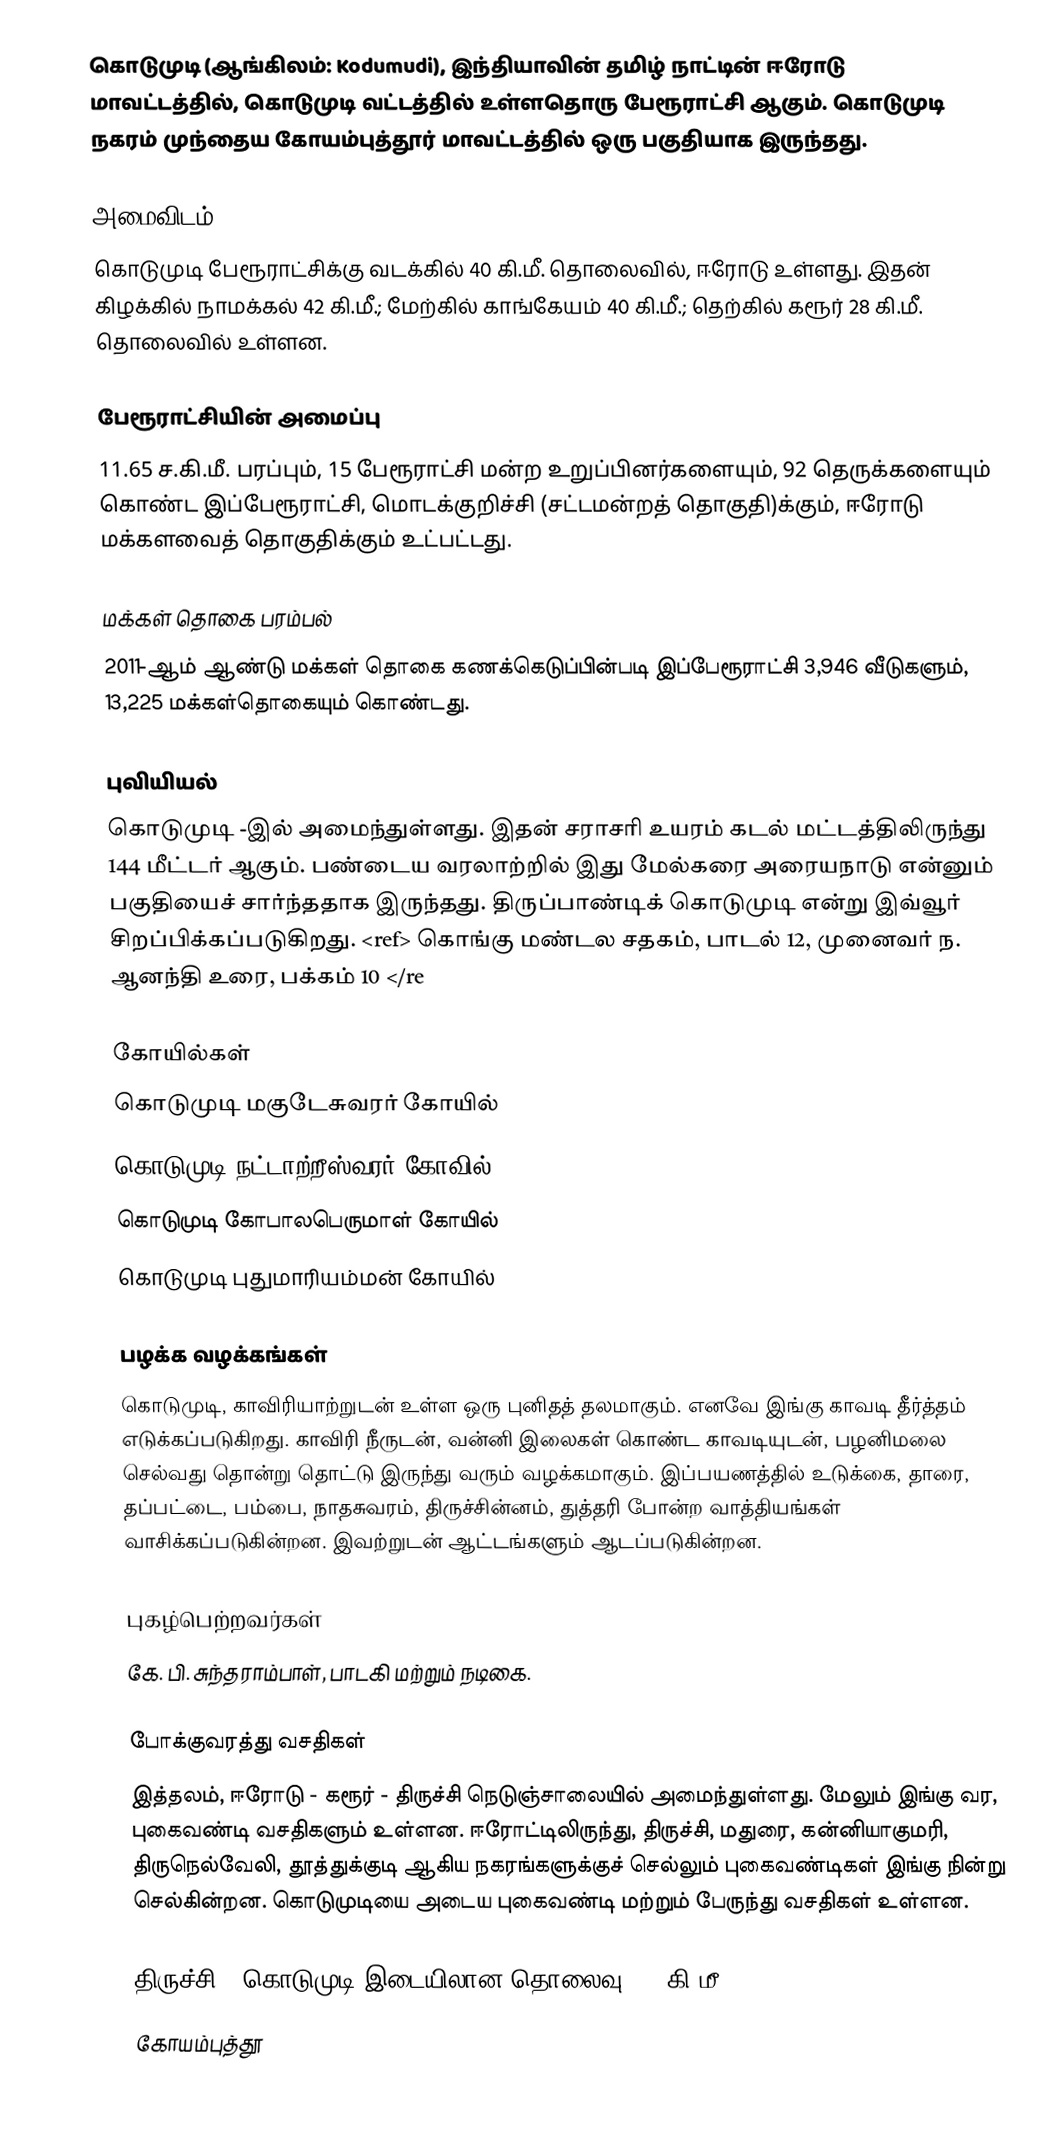
கொடுமுடி (ஆங்கிலம்: Kodumudi), இந்தியாவின்  தமிழ் நாட்டின் ஈரோடு மாவட்டத்தில், கொடுமுடி வட்டத்தில் உள்ளதொரு பேரூராட்சி ஆகும். கொடுமுடி நகரம் முந்தைய கோயம்புத்தூர் மாவட்டத்தில் ஒரு பகுதியாக இருந்தது.

அமைவிடம்
கொடுமுடி பேரூராட்சிக்கு வடக்கில் 40 கி.மீ. தொலைவில், ஈரோடு உள்ளது.  இதன் கிழக்கில் நாமக்கல் 42 கி.மீ.; மேற்கில் காங்கேயம் 40 கி.மீ.; தெற்கில் கரூர் 28 கி.மீ. தொலைவில் உள்ளன.

பேரூராட்சியின் அமைப்பு
11.65 ச.கி.மீ. பரப்பும், 15 பேரூராட்சி மன்ற உறுப்பினர்களையும், 92 தெருக்களையும் கொண்ட இப்பேரூராட்சி, மொடக்குறிச்சி   (சட்டமன்றத் தொகுதி)க்கும், ஈரோடு  மக்களவைத் தொகுதிக்கும் உட்பட்டது.

மக்கள் தொகை பரம்பல்
2011-ஆம் ஆண்டு மக்கள் தொகை கணக்கெடுப்பின்படி  இப்பேரூராட்சி  3,946  வீடுகளும்,  13,225 மக்கள்தொகையும் கொண்டது.

புவியியல்
கொடுமுடி -இல் அமைந்துள்ளது. இதன் சராசரி உயரம் கடல் மட்டத்திலிருந்து  144 மீட்டர் ஆகும். பண்டைய வரலாற்றில் இது மேல்கரை அரையநாடு என்னும் பகுதியைச் சார்ந்ததாக இருந்தது. திருப்பாண்டிக் கொடுமுடி என்று இவ்வூர் சிறப்பிக்கப்படுகிறது. <ref> கொங்கு மண்டல சதகம், பாடல் 12, முனைவர் ந. ஆனந்தி உரை, பக்கம் 10 </re

கோயில்கள்
 கொடுமுடி மகுடேசுவரர் கோயில்
 கொடுமுடி நட்டாற்றீஸ்வரர் கோவில்
 கொடுமுடி கோபாலபெருமாள் கோயில்
 கொடுமுடி புதுமாரியம்மன் கோயில்

பழக்க வழக்கங்கள்
கொடுமுடி, காவிரியாற்றுடன் உள்ள ஒரு புனிதத் தலமாகும். எனவே இங்கு காவடி தீர்த்தம் எடுக்கப்படுகிறது. காவிரி நீருடன், வன்னி இலைகள் கொண்ட காவடியுடன், பழனிமலை செல்வது தொன்று தொட்டு இருந்து வரும் வழக்கமாகும். இப்பயணத்தில் உடுக்கை, தாரை, தப்பட்டை, பம்பை, நாதசுவரம், திருச்சின்னம், துத்தரி போன்ற வாத்தியங்கள் வாசிக்கப்படுகின்றன. இவற்றுடன் ஆட்டங்களும் ஆடப்படுகின்றன.

புகழ்பெற்றவர்கள்
 கே. பி. சுந்தராம்பாள், பாடகி மற்றும் நடிகை.

போக்குவரத்து வசதிகள்
இத்தலம், ஈரோடு - கரூர் - திருச்சி நெடுஞ்சாலையில் அமைந்துள்ளது. மேலும் இங்கு வர, புகைவண்டி வசதிகளும் உள்ளன. ஈரோட்டிலிருந்து, திருச்சி, மதுரை, கன்னியாகுமரி, திருநெல்வேலி, தூத்துக்குடி ஆகிய நகரங்களுக்குச் செல்லும் புகைவண்டிகள் இங்கு நின்று செல்கின்றன. கொடுமுடியை அடைய புகைவண்டி மற்றும் பேருந்து வசதிகள் உள்ளன.

திருச்சி - கொடுமுடி இடையிலான தொலைவு 100 கி.மீ.
கோயம்புத்தூ